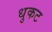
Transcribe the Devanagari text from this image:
धुकट